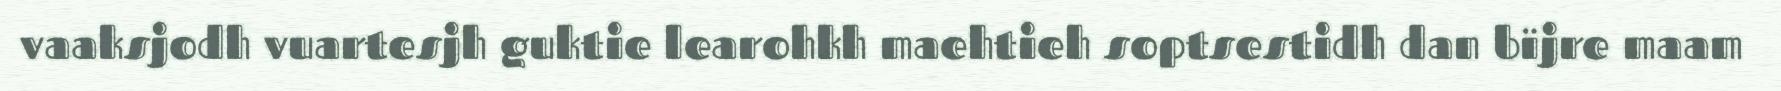
vaaksjodh vuartesjh guktie learohkh maehtieh soptsestidh dan bïjre maam